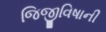
જિજીવિષાની